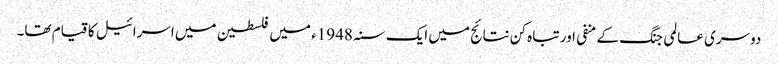
دوسری عالمی جنگ کے منفی اور تباہ کن نتائج میں ایک سنہ 1948ء میں فلسطین میں اسرائیل کا قیام تھا۔